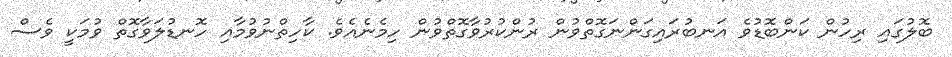
ބޮލުގައި ރިހުން ކަންބޮޑުވެ އަނބުރައިގަންނަގޮތްވުން ރުންކުރުވާގޮތްވުން ހިމެނެއެވެ. ކާހިތްނުވުމާއި ހޮނޑުލަވާގޮތް ވުމަކީ ވެސް